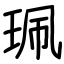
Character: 珮